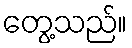
တွေ့သည်။